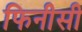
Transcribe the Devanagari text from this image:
फिनीसी